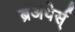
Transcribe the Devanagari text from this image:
ब्रअथेर्स्